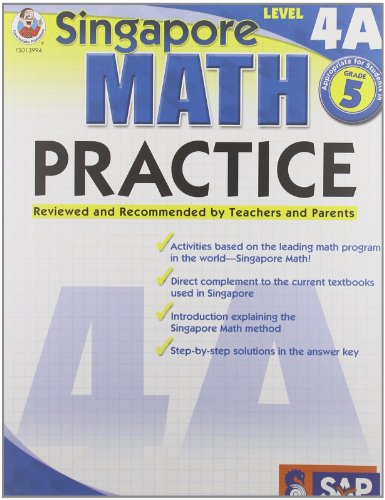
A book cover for Singapore Math Practice, Level 4A, Grade 5; Children's Books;